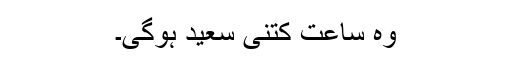
وہ ساعت کتنی سعید ہوگی۔